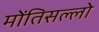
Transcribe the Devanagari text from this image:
मोंतिसल्लो